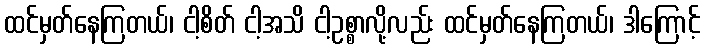
ထင်မှတ်နေကြတယ်၊ ငါ့စိတ် ငါ့အသိ ငါ့ဥစ္စာလို့လည်း ထင်မှတ်နေကြတယ်၊ ဒါကြောင့်